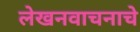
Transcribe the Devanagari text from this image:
लेखनवाचनाचे